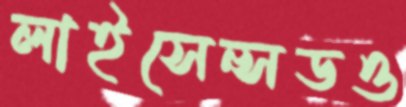
লাইসেন্সডও